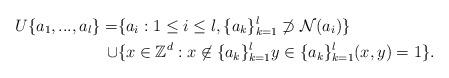
LaTeX: \begin{align*}U\{a_1,...,a_l\}=&\{a_i : 1\le i\le l,\{a_k\}_{k=1}^l \not\supset {\cal N} (a_i) \}\\\cup&\{x\in{\mathbb{Z}^{d}} : x \not\in\{a_k\}_{k=1}^l y \in\{a_k\}_{k=1}^l (x,y)=1 \}. \end{align*}